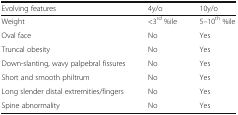
<table><thead><tr><td><b>Evolving features</b></td><td><b>4y/o</b></td><td><b>10y/o</b></td></tr></thead><tbody><tr><td>Weight</td><td>&lt;3<sup>rd</sup> %ile</td><td>5–10<sup>th</sup> %ile</td></tr><tr><td>Oval face</td><td>No</td><td>Yes</td></tr><tr><td>Truncal obesity</td><td>No</td><td>Yes</td></tr><tr><td>Down-slanting, wavy palpebral fissures</td><td>No</td><td>Yes</td></tr><tr><td>Short and smooth philtrum</td><td>No</td><td>Yes</td></tr><tr><td>Long slender distal extremities/fingers</td><td>No</td><td>Yes</td></tr><tr><td>Spine abnormality</td><td>No</td><td>Yes</td></tr></tbody></table>